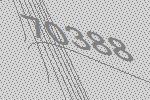
70388